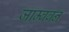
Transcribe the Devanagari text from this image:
जाम्बवन